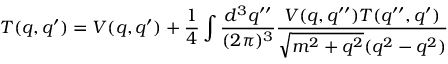
T ( q , q ^ { \prime } ) = V ( q , q ^ { \prime } ) + { \frac { 1 } { 4 } } \int { \frac { d ^ { 3 } q ^ { \prime \prime } } { ( 2 \pi ) ^ { 3 } } } { \frac { V ( q , q ^ { \prime \prime } ) T ( q ^ { \prime \prime } , q ^ { \prime } ) } { { \sqrt { m ^ { 2 } + q ^ { 2 } } } ( q ^ { 2 } - q ^ { 2 } ) } }